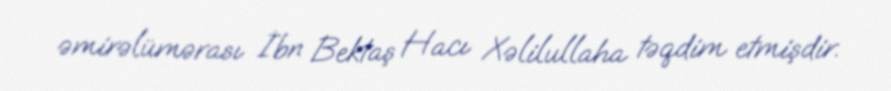
əmirəlümərası İbn Bektaş Hacı Xəlilullaha təqdim etmişdir.